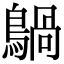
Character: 𪃀